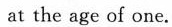
at the age of one.